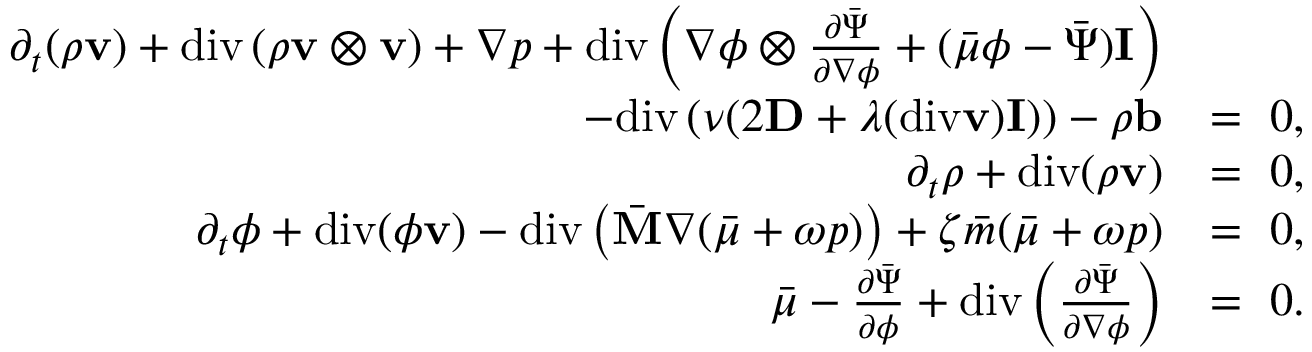
\begin{array} { r l } { \partial _ { t } ( \rho \mathbf { v } ) + \mathrm { d i v } \left( \rho \mathbf { v } \otimes \mathbf { v } \right) + \nabla p + \mathrm { d i v } \left( \nabla \phi \otimes \frac { \partial \bar { \Psi } } { \partial \nabla \phi } + ( \bar { \mu } \phi - \bar { \Psi } ) \mathbf { I } \right) } & { } \\ { - \mathrm { d i v } \left( \nu ( 2 \mathbf { D } + \lambda ( \mathrm { d i v } \mathbf { v } ) \mathbf { I } ) \right) - \rho \mathbf { b } } & { = ~ 0 , } \\ { \partial _ { t } \rho + \mathrm { d i v } ( \rho \mathbf { v } ) } & { = ~ 0 , } \\ { \partial _ { t } \phi + \mathrm { d i v } ( \phi \mathbf { v } ) - \mathrm { d i v } \left( \bar { \mathbf { M } } \nabla ( \bar { \mu } + \omega p ) \right) + \zeta \bar { m } ( \bar { \mu } + \omega p ) } & { = ~ 0 , } \\ { \bar { \mu } - \frac { \partial \bar { \Psi } } { \partial \phi } + \mathrm { d i v } \left( \frac { \partial \bar { \Psi } } { \partial \nabla \phi } \right) } & { = ~ 0 . } \end{array}